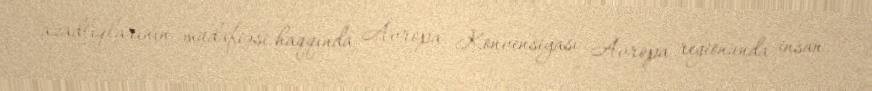
azadlıqlarının müdafiəsi haqqında Avropa Konvensiyası Avropa regionunda insan